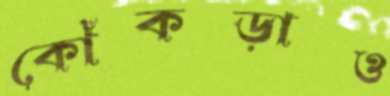
কোঁকড়াও